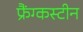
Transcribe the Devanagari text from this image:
फ्रैंग्कस्टीन